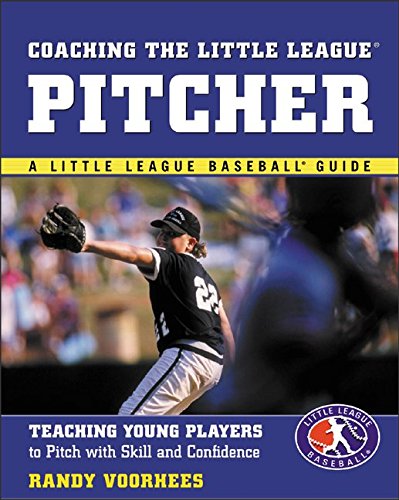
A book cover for Coaching the Little League Pitcher : Teaching Young Players to Pitch With Skill and Confidence; Randy Voorhees; Sports & Outdoors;